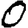
Digit: 0